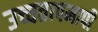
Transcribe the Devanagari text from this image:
उच्चतापमापी